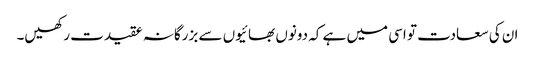
ان کی سعادت تو اسی میں ہے کہ دونوں بھائیوں سے بزرگانہ عقیدت رکھیں۔